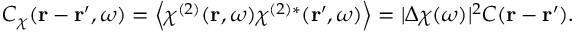
C _ { \chi } ( \boldsymbol { \mathbf { r } } - \boldsymbol { \mathbf { r } } ^ { \prime } , \omega ) = \left\langle \chi ^ { ( 2 ) } ( \boldsymbol { \mathbf { r } } , \omega ) \chi ^ { ( 2 ) * } ( \boldsymbol { \mathbf { r } } ^ { \prime } , \omega ) \right\rangle = | \Delta \chi ( \omega ) | ^ { 2 } C ( \boldsymbol { \mathbf { r } } - \boldsymbol { \mathbf { r } } ^ { \prime } ) .